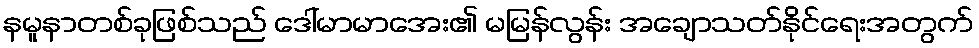
နမူနာတစ်ခုဖြစ်သည် ဒေါ်မာမာအေး၏ မမြန်လွန်း အချောသတ်နိုင်ရေးအတွက်